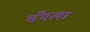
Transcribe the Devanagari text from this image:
सँभला